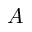
A